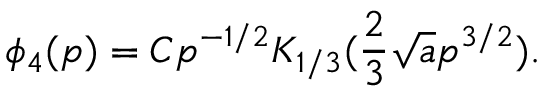
\phi _ { 4 } ( p ) = C p ^ { - 1 / 2 } K _ { 1 / 3 } ( \frac 2 3 \sqrt a p ^ { 3 / 2 } ) .